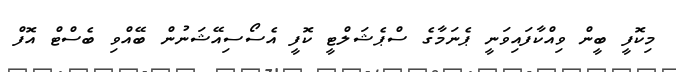
މިކޮފީ ބީން ވިއްކާފައިވަނީ ޕެނަމާގެ ސްޕެޝަލްޓީ ކޮފީ އެސޯސިއޭޝަނުން ބޭއްވި ބެސްޓް އޮފް